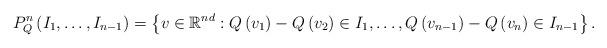
LaTeX: \begin{align*}P_{Q}^{n}\left(I_{1},\dots,I_{n-1}\right)=\left\{ v\in\mathbb{R}^{nd}:Q\left(v_{1}\right)-Q\left(v_{2}\right)\in I_{1},\dots,Q\left(v_{n-1}\right)-Q\left(v_{n}\right)\in I_{n-1}\right\} .\end{align*}